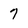
Character: 7